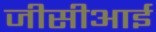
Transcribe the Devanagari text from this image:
जीसीआई